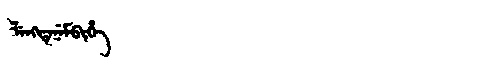
Manchu: ᠯᡝᠩᡨᡝᠨᡝᠮᠪᡳᡥᡝ
Romanization: LENGTENEMBIHE